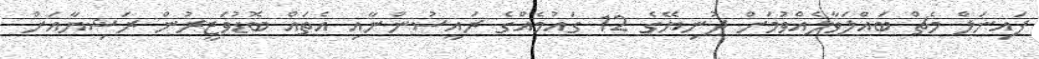
ފައިނަލް މެޗް ބައްލަވާލެއްވުމަށް ދުނިޔޭގެ 12 ގައުމެއްގެ ރައީސުންނާއި އެތައް ބޮޑުވަޒީރުން ރަޝިޔާއަށް